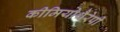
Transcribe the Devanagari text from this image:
कीमियोथैरेपी